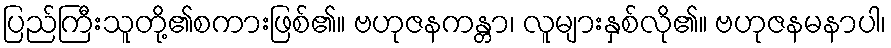
ပြည်ကြီးသူတို့၏စကားဖြစ်၏။ ဗဟုဇနကန္တာ၊ လူများနှစ်လို၏။ ဗဟုဇနမနာပါ၊